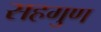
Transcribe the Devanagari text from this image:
सहगुण